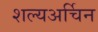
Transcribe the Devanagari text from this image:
शल्यअर्चिन